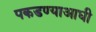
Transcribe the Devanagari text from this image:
पकडण्याआधी